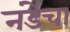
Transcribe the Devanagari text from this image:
नंडेचा